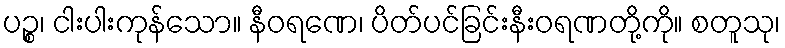
ပဉ္စ၊ ငါးပါးကုန်သော။ နီဝရဏေ၊ ပိတ်ပင်ခြင်းနီးဝရဏတို့ကို။ စတူသု၊